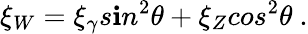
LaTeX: \xi_{W}=\xi_{\gamma}s\mathbf{i}n^{2}\theta+\xi_{Z}cos^{2}\theta~.